Problem: 5 × 6 = ?
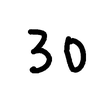
Handwritten answer: 30